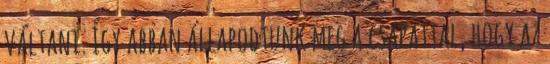
váltani. Így abban állapodtunk meg a csapattal, hogy az